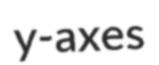
y-axes